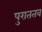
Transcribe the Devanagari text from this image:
पुराततव